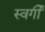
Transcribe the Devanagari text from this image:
स्वर्गीं